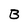
Character: B